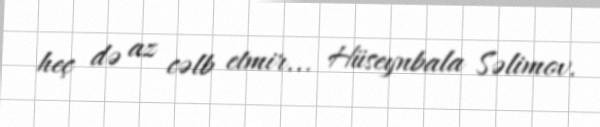
heç də az cəlb etmir... Hüseynbala Səlimov.